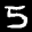
Label: 5